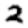
Digit: 2